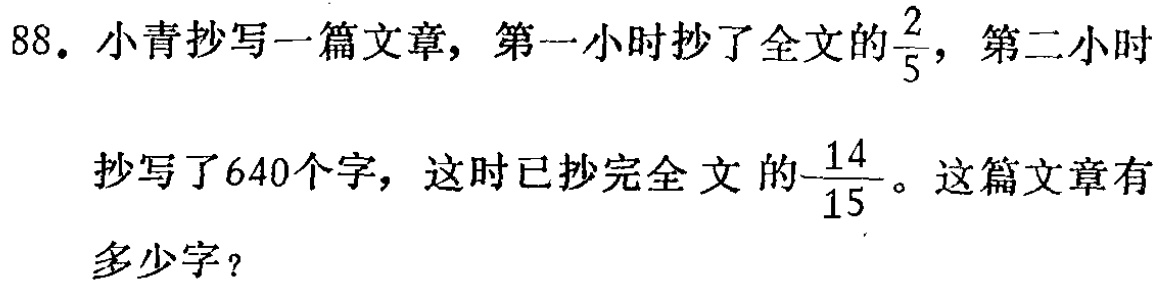
88. 小青抄写一篇文章，第一小时抄了全文的$\frac{2}{5}$，第二小时抄写了640个字，这时已抄完全文的$\frac{14}{15}$。这篇文章有多少字？